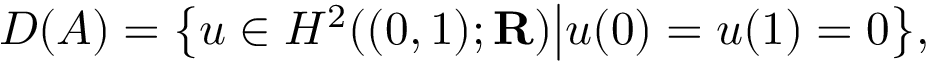
D ( A ) = { \big \{ } u \in H ^ { 2 } ( ( 0 , 1 ) ; \mathbf { R } ) { \big | } u ( 0 ) = u ( 1 ) = 0 { \big \} } ,